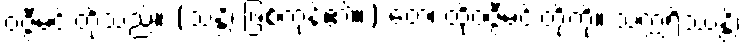
ဝဇ္ဇီမင်းတို့သည်။ (သန္တိ၊ ဖြစ်ကုန်၏။) တေ၊ ထိုဝဇ္ဇီမင်းတို့ကို။ သက္ကရိဿန္တိ၊